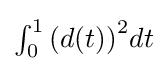
{\textstyle \int _{0}^{1}{\left(d(t)\right)}^{2}dt}